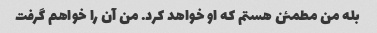
بله من مطمئن هستم که او خواهد کرد. من آن را خواهم گرفت